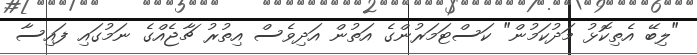
"ލިބޭ އެތިކޮޅު މަދުކަމުން" ކަސްޓަމަރުންގެ އަތުން އަދިވެސް އިތުރު ޗާޖެއްގެ ނަމުގައި ފައިސާ